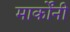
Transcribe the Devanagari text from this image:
मार्कोंनी